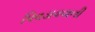
પિવડાવવાની